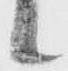
候